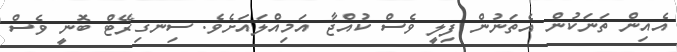
އެއިން ތަނަކުން އެތަނުން ފިލީ ވެސް ކުއްޖާ އަމިއްލައަށެވެ. ސިނގިރޭޓް ބޮނީ ވެސް